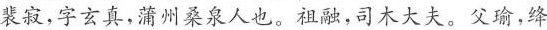
裴寂，字玄真，蒲州桑泉人也。祖融，司木大夫。父瑜，绛